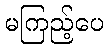
မကြည့်ပေ